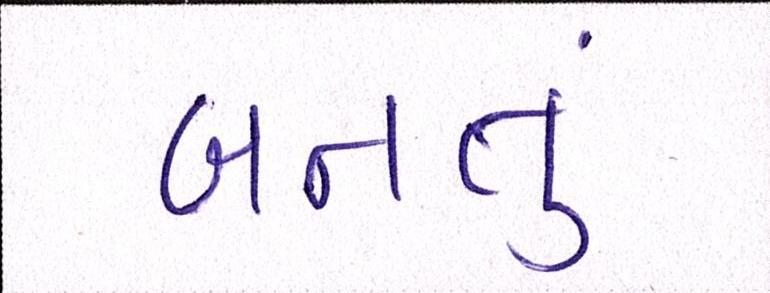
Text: બનતુ